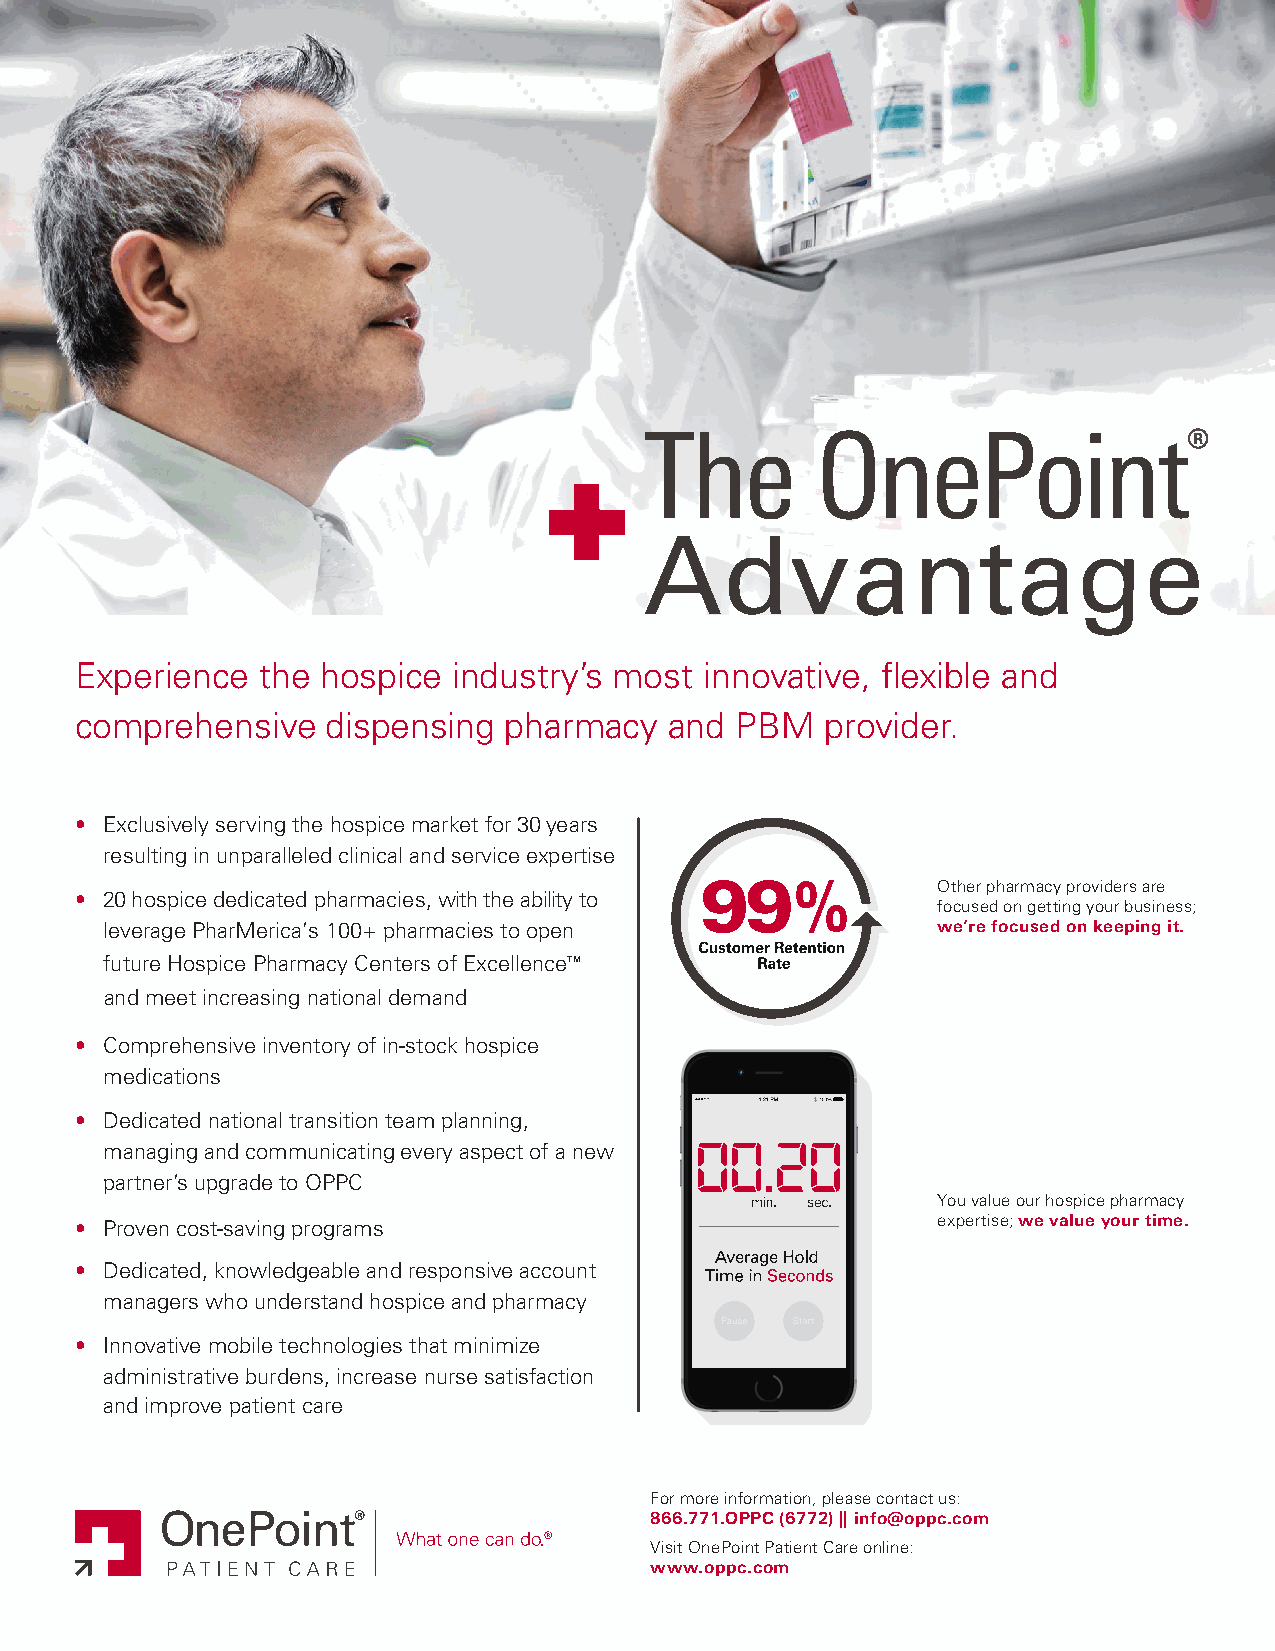
The        OnePoint®
 Advantage
 Experience  the hospice  industry’s most  innovative, flexible and
 comprehensive    dispensing pharmacy   and  PBM   provider.
 • Exclusively serving the hospice market for 30 years
 resulting in unparalleled clinical and service expertise
 Other pharmacy providers are
 • 20 hospice dedicated pharmacies, with the ability to
 focused on getting your business;
 leverage PharMerica’s 100+ pharmacies to open          we’re focused on keeping it.
 future Hospice Pharmacy Centers of ExcellenceTM
 and meet increasing national demand
 • Comprehensive inventory of in-stock hospice
 medications
 • Dedicated national transition team planning,
 managing and communicating every aspect of a new
 partner’s upgrade to OPPC
 You value our hospice pharmacy
 • Proven cost-saving programs                            expertise; we value your time.
 • Dedicated, knowledgeable and responsive account
 managers who understand hospice and pharmacy
 • Innovative mobile technologies that minimize
 administrative burdens, increase nurse satisfaction
 and improve patient care
 For more information, please contact us :
 866.771.OPPC (6772) || info@oppc.com
 Visit OnePoint Patient Care online:
 www.oppc.com